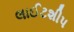
લાઈટશીપ